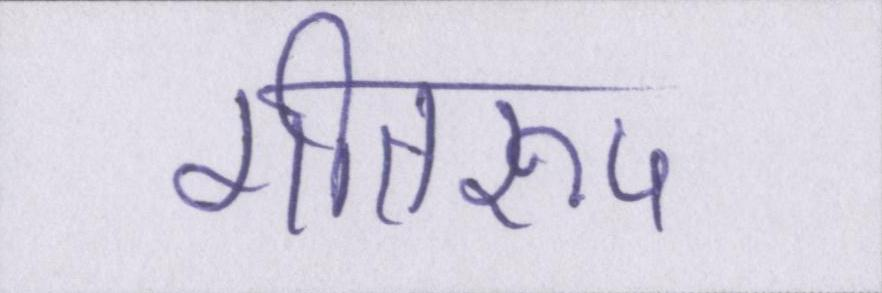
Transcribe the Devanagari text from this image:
गीतरूप